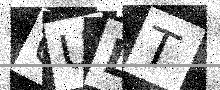
Text: 6UDT